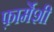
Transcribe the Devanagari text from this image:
फ़ार्मेशी